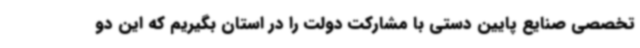
تخصصی صنایع پایین دستی با مشارکت‌ دولت را در استان بگیریم که این دو